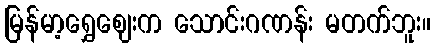
မြန်မာ့ရွှေဈေးက သောင်းဂဏန်း မတက်ဘူး။